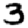
Digit: 3